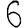
Digit: 6